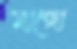
ম্যাঙ্গো